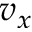
v _ { x }